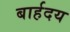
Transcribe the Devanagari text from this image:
बार्हदय